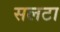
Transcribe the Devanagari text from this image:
सलटा